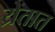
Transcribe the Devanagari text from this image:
य्रेतात